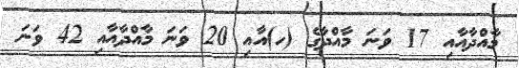
މާއްދާއާއި 17 ވަނަ މާއްދާގެ (ހ)އާއި 20 ވަނަ މާއްދާއާއި 42 ވަނަ